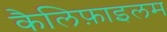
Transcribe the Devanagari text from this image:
कैलिफ़ाइलम